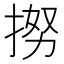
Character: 𢭵